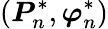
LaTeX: (\boldsymbol{P}_{n}^{*},\boldsymbol{\varphi}_{n}^{*})